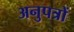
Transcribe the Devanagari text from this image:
अनुपत्रों